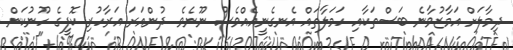
ދިމާލަށް އަމާޒުވާނެ ބަސްތަކާއި ހަމަލާތައް އެނގެނީއެއްވެސް ނޫނެވެ. ދުންއަރަ އަރާހުރި ކޮފީގެ ހޫނުކަން